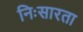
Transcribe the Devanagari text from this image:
निःसारता